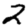
Digit: 2